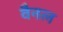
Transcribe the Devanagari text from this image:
वैनल